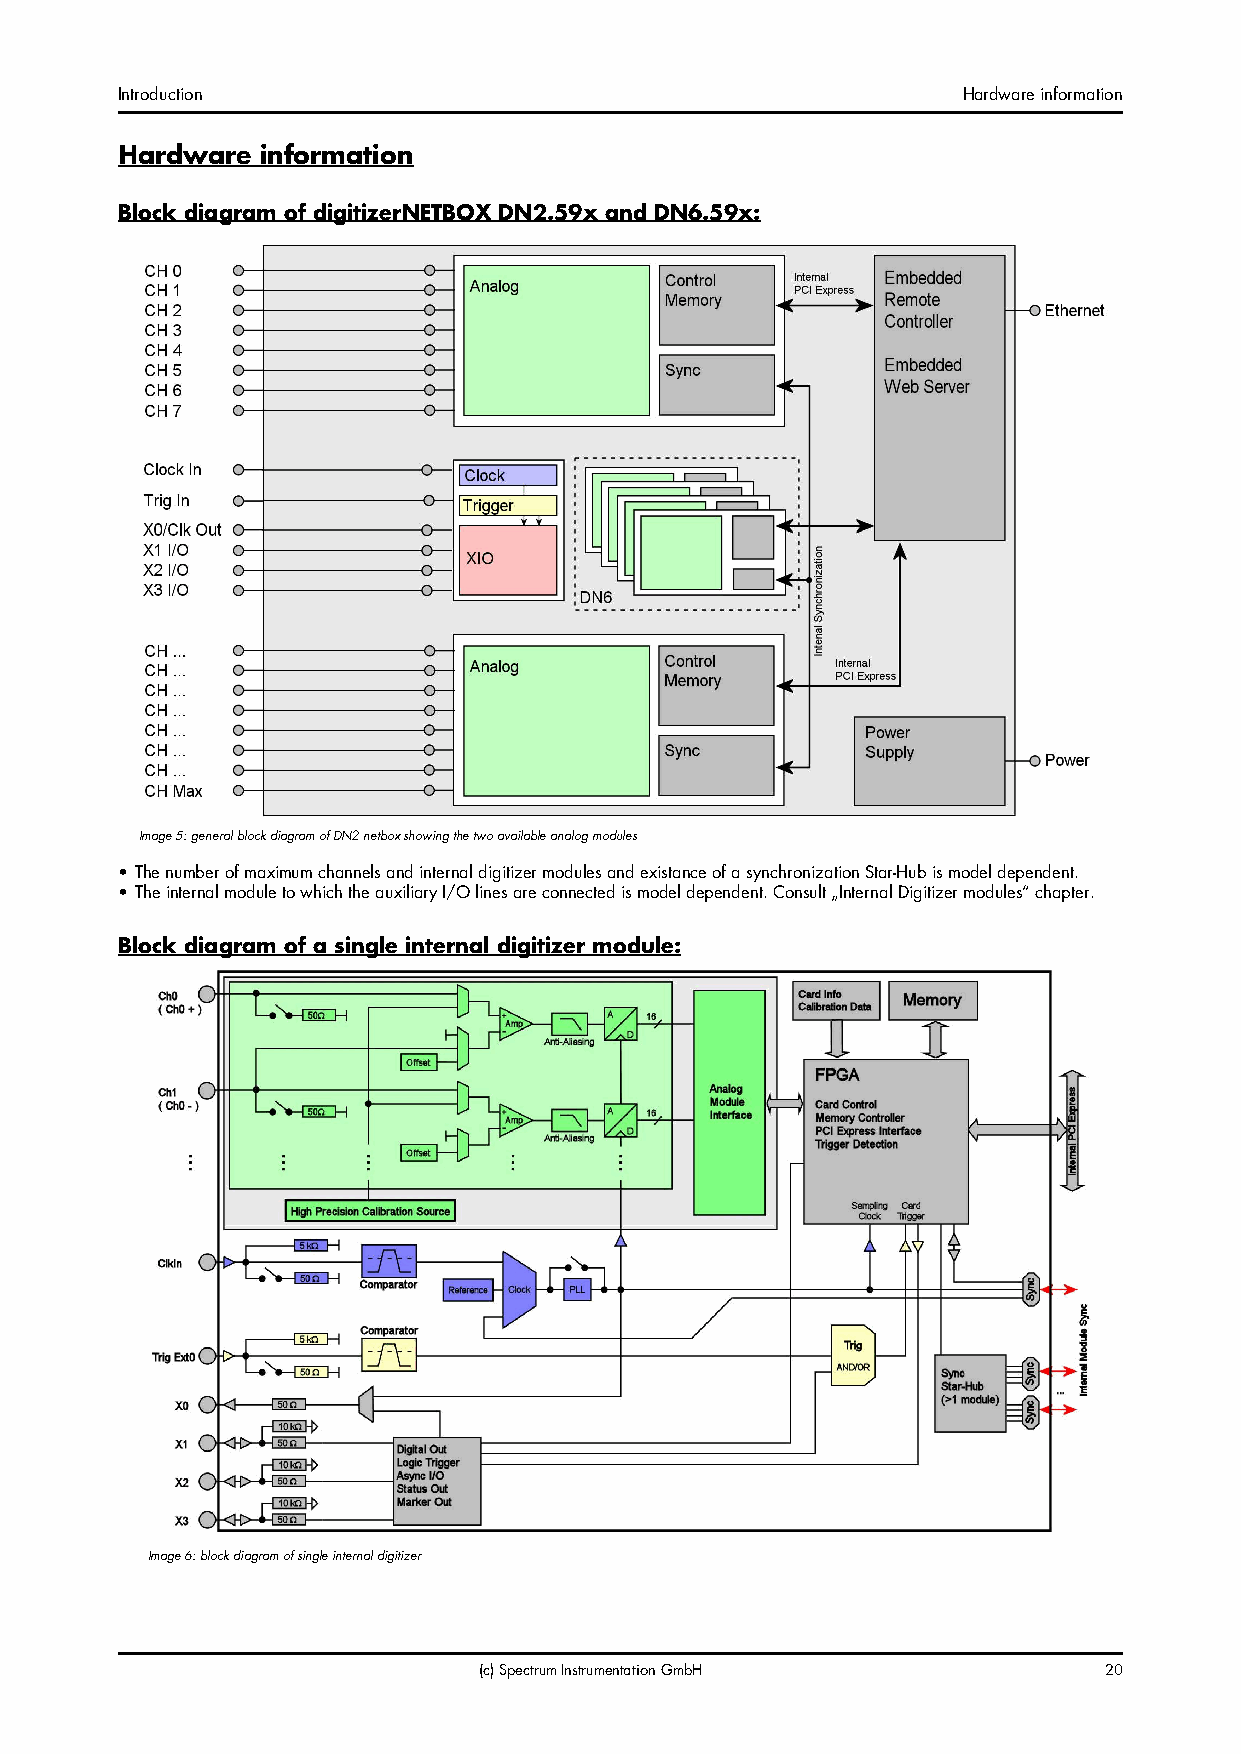
Introduction                                            Hardware information
 Hardware information
 Block diagram of digitizerNETBOX DN2.59x and DN6.59x:
 Image 5: general block diagram of DN2 netbox showing the two available analog modules
 • The number of maximum channels and internal digitizer modules and existance of a synchronization Star-Hub is model dependent.
 • The internal module to which the auxiliary I/O lines are connected is model dependent. Consult „Internal Digitizer modules“ chapter.
 Block diagram of a single internal digitizer module:
 Image 6: block diagram of single internal digitizer
 (c) Spectrum Instrumentation GmbH        20